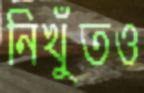
নিখুঁতও